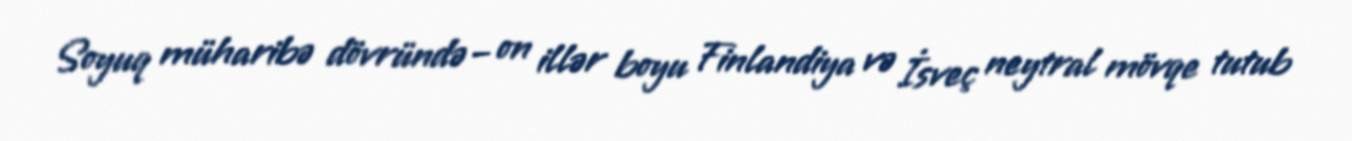
Soyuq müharibə dövründə – on illər boyu Finlandiya və İsveç neytral mövqe tutub